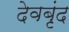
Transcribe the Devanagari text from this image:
देवबृंद